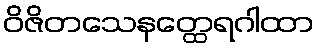
ဝိဇိတသေနတ္ထေရဂါထာ